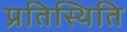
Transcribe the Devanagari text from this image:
प्रतिस्थिति